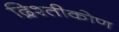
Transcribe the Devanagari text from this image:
द्रिश्तीकोण